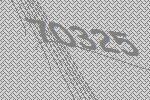
70325